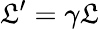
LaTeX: \mathfrak{L}^{\prime}=\gamma\mathfrak{L}